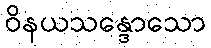
ဝိနယသန္ဒောသော